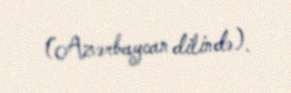
(Azərbaycan dilində).